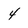
Character: 4